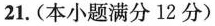
21.(本小题满分12分)